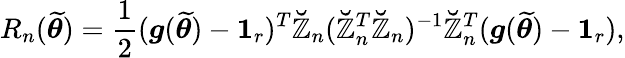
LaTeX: R_{n}(\widetilde{\boldsymbol{\theta}})=\frac{1}{2}(\boldsymbol{g}(\widetilde{\boldsymbol{\theta}})-\boldsymbol{1}_{r})^{T}\mathbb{\breve{Z}}_{n}(\mathbb{\breve{Z}}_{n}^{T}\mathbb{\breve{Z}}_{n})^{-1}\mathbb{\breve{Z}}_{n}^{T}(\boldsymbol{g}(\widetilde{\boldsymbol{\theta}})-\boldsymbol{1}_{r}),